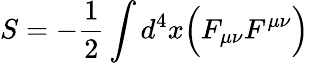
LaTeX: S=-{\frac{1}{2}}\int d^{4}x{\Big(}F_{\mu\nu}F^{\mu\nu}{\Big)}